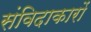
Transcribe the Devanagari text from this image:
संविदाकारों